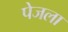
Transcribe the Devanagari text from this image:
पेजला